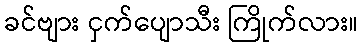
ခင်ဗျား ငှက်ပျောသီး ကြိုက်လား။